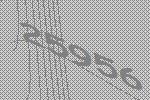
25956